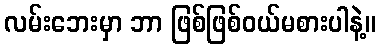
လမ်းဘေးမှာ ဘာ ဖြစ်ဖြစ်ဝယ်မစားပါနဲ့။